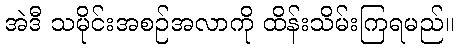
အဲဒီ သမိုင်းအစဉ်အလာကို ထိန်းသိမ်းကြရမည်။